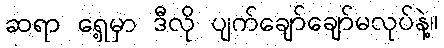
ဆရာ ရှေ့မှာ ဒီလို ပျက်ချော်ချော်မလုပ်နဲ့။